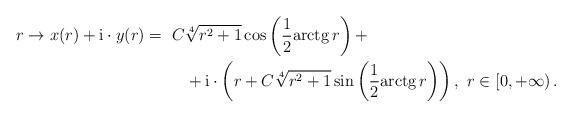
LaTeX: \begin{align*}r\to x(r)+\mathrm{i}\cdot y(r)=\ C&\sqrt[4]{r^{2}+1}\cos\left(\frac{1}{2}\mathrm{arctg}\,r\right)+\\&+\mathrm{i}\cdot\left(r+C\sqrt[4]{r^{2}+1}\sin\left(\frac{1}{2}\mathrm{arctg}\,r\right)\right),\ r\in\left[0,+\infty\right).\end{align*}